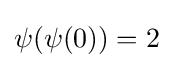
\psi (\psi (0))=2